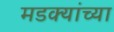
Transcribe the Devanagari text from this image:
मडक्यांच्या